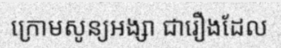
ក្រោមសូន្យអង្សា ជារឿងដែល